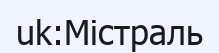
uk:Містраль